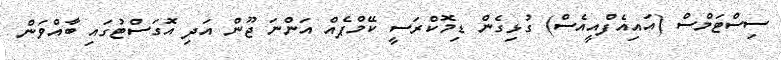
ސިސްޓަމްސް (އައިއެފްއީއެސް) ގުޅިގެން ޑިމޮކްރަސީ ކޭމްޕެއް އަންނަ ޖޫން އަދި އޮގަސްޓުގައި ބާއްވަން